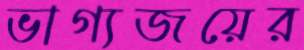
ভাগ্যজয়ের